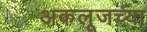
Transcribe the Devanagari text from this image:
अकलूजच्या